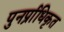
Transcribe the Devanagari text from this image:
पुनर्प्राधिकृत